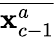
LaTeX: \overline{{{\mathbf x}_{c-1}^{a}}}